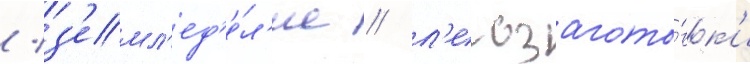
/ з'емл'ед'е́л'ие / л'есозагото́вк'и